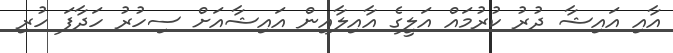
އާއި އައިޝާ ދުރު ކުރުމައް އަލީގެ އާއިލާއިން އައިޝާއަށް ސިހުރު ހަދާފަ ހުރި